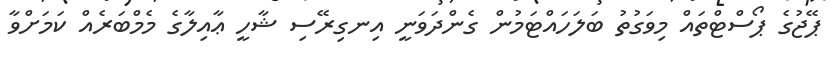
ޕޭޖުގެ ޕޯސްޓްތައް މިވަގުތު ބަލަހައްޓަމުން ގެންދަވަނީ އިނގިރޭސި ޝާހީ ޢާއިލާގެ މެމްބަރެއް ކަމަށްވާ